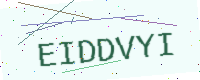
Text: EIDDVYI